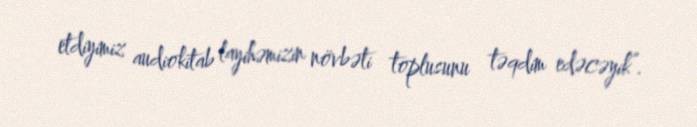
etdiyimiz audiokitab layihəmizin növbəti toplusunu təqdim edəcəyik”.